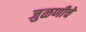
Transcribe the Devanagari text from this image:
जुळणीचे